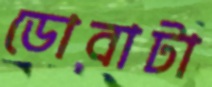
ডোবাটা